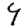
Digit: 4